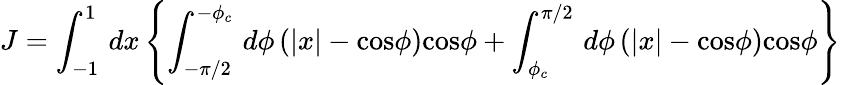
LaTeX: J=\int_{-1}^{1}\, dx\left\{ \int_{-\pi/2}^{-\phi_{c}}\, d\phi\, (|x|-\mathrm{cos}\phi)\mathrm{cos}\phi+\int_{\phi_{c}}^{\pi/2}\, d\phi\, (|x|-\mathrm{cos}\phi)\mathrm{cos}\phi\right\}